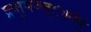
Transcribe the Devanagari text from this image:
क्रतुमज्ज्ानेषु